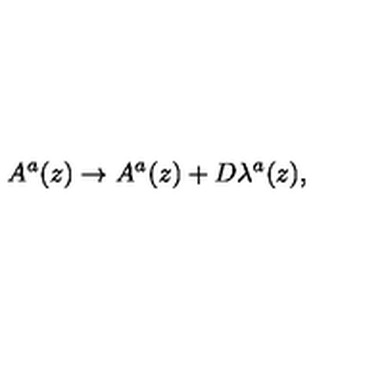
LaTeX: A ^ { a } ( z ) \rightarrow A ^ { a } ( z ) + D \lambda ^ { a } ( z ) ,